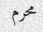
محرم